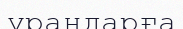
ұрандарға